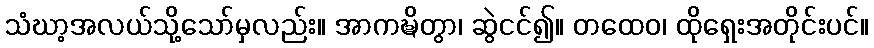
သံဃာ့အလယ်သို့သော်မှလည်း။ အာကဍ္ဎိတွာ၊ ဆွဲငင်၍။ တထေဝ၊ ထိုရှေးအတိုင်းပင်။